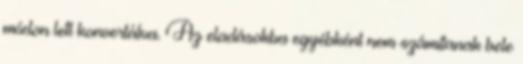
módon lett konvertálva. Az eladásokba egyébként nem számítanak bele